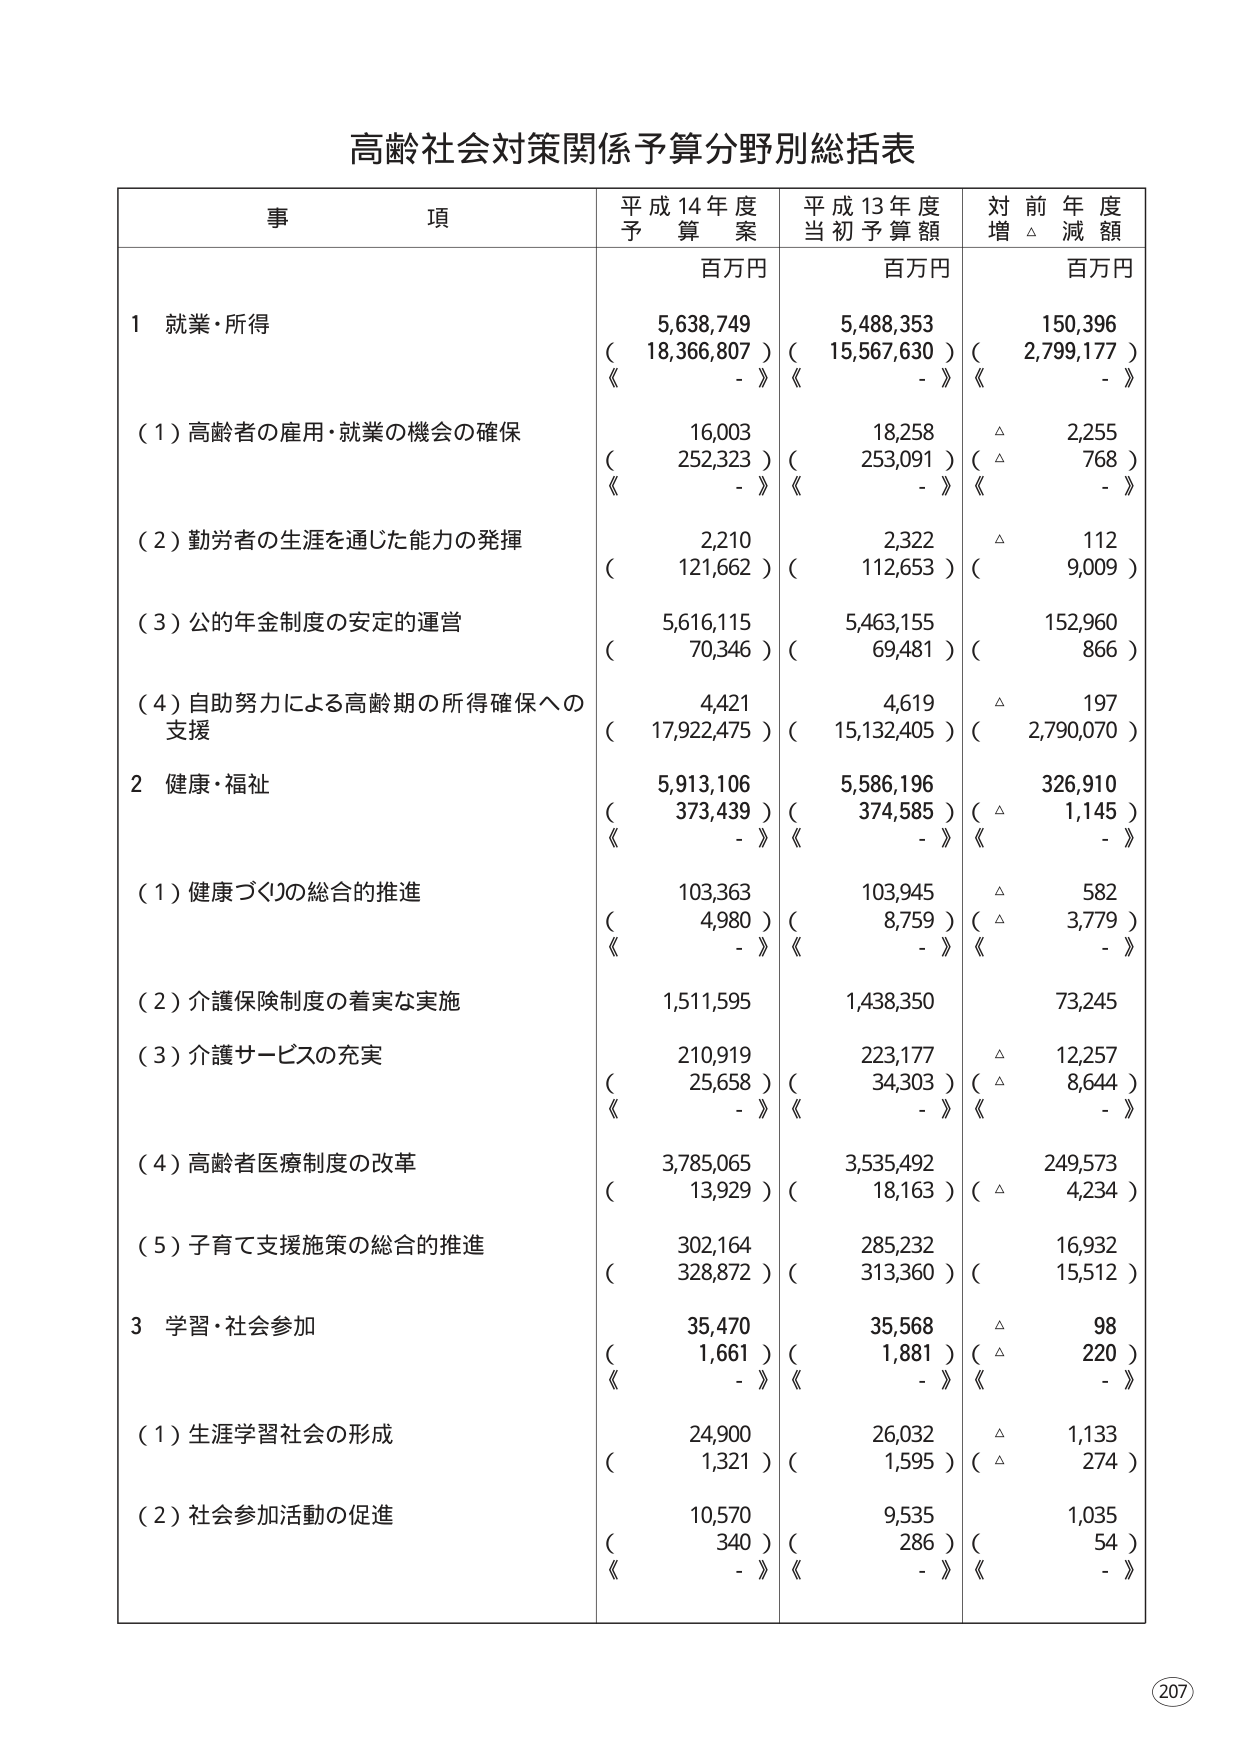
高齢社会対策関係予算分野別総括表

事　　項　　　　　　　　　　　　　　　　　　　平成14年度　　　　　平成13年度　　　　　対前年度
　　　　　　　　　　　　　　　　　　　　　　予算案　　　　　　　当初予算額　　　　　増△減額
　　　　　　　　　　　　　　　　　　　　　　百万円　　　　　　　百万円　　　　　　　百万円

1 就業・所得
　　5,638,749　　　　　　　5,488,353　　　　　　　150,396
　　( 18,366,807 )　　　　( 15,567,630 )　　　　( 2,799,177 )
　　《　　-　　》　　　　　《　　-　　》　　　　　《　　-　　》

　　(1) 高齢者の雇用・就業の機会の確保
　　　　16,003　　　　　　　18,258　　　　　　　　△　2,255
　　　　( 252,323 )　　　　( 253,091 )　　　　( △　　768 )
　　　　《　　-　　》　　　《　　-　　》　　　　《　　-　　》

　　(2) 勤労者の生涯を通じた能力の発揮
　　　　2,210　　　　　　　2,322　　　　　　　　△　　112
　　　　( 121,662 )　　　　( 112,653 )　　　　(　　9,009 )

　　(3) 公的年金制度の安定的運営
　　5,616,115　　　　　　　5,463,155　　　　　　　152,960
　　(　70,346 )　　　　　　(　69,481 )　　　　　　(　　866 )

　　(4) 自助努力による高齢期の所得確保への
　　　　支援
　　　　4,421　　　　　　　4,619　　　　　　　　△　　197
　　　　( 17,922,475 )　　　( 15,132,405 )　　　( 2,790,070 )

2 健康・福祉
　　5,913,106　　　　　　　5,586,196　　　　　　　326,910
　　( 373,439 )　　　　　　( 374,585 )　　　　( △ 1,145 )
　　《　　-　　》　　　　　《　　-　　》　　　　　《　　-　　》

　　(1) 健康づくりの総合的推進
　　　103,363　　　　　　　103,945　　　　　　　　△　　582
　　　(　4,980 )　　　　　　(　8,759 )　　　　( △ 3,779 )
　　　《　　-　　》　　　　《　　-　　》　　　　《　　-　　》

　　(2) 介護保険制度の着実な実施
　　1,511,595　　　　　　　1,438,350　　　　　　　73,245

　　(3) 介護サービスの充実
　　　210,919　　　　　　　223,177　　　　　　　　△ 12,257
　　　(　25,658 )　　　　　(　34,303 )　　　　( △　8,644 )
　　　《　　-　　》　　　　《　　-　　》　　　　《　　-　　》

　　(4) 高齢者医療制度の改革
　　3,785,065　　　　　　　3,535,492　　　　　　　249,573
　　(　13,929 )　　　　　　(　18,163 )　　　　( △　4,234 )

　　(5) 子育て支援施策の総合的推進
　　　302,164　　　　　　　285,232　　　　　　　　16,932
　　　( 328,872 )　　　　　( 313,360 )　　　　( 15,512 )

3 学習・社会参加
　　　35,470　　　　　　　35,568　　　　　　　　△　　98
　　　(　1,661 )　　　　　　(　1,881 )　　　　( △　220 )
　　　《　　-　　》　　　　《　　-　　》　　　　《　　-　　》

　　(1) 生涯学習社会の形成
　　　24,900　　　　　　　26,032　　　　　　　　△ 1,133
　　　(　1,321 )　　　　　　(　1,595 )　　　　( △　274 )

　　(2) 社会参加活動の促進
　　　10,570　　　　　　　9,535　　　　　　　　　1,035
　　　(　　340 )　　　　　　(　　286 )　　　　　(　　54 )
　　　《　　-　　》　　　　《　　-　　》　　　　《　　-　　》

207